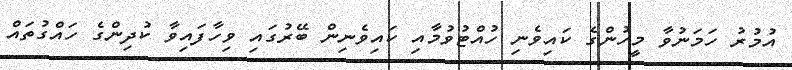
އުމުރު ހަމަނުވާ މީހުންގެ ކައިވެނި ހުއްޓުވުމާއި ކައިވެނިން ބޭރުގައި ވިހާފައިވާ ކުދިންގެ ހައްގުތައް